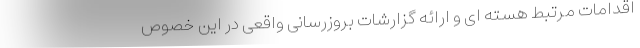
اقدامات مرتبط هسته ای و ارائه گزارشات بروزرسانی واقعی در این خصوص